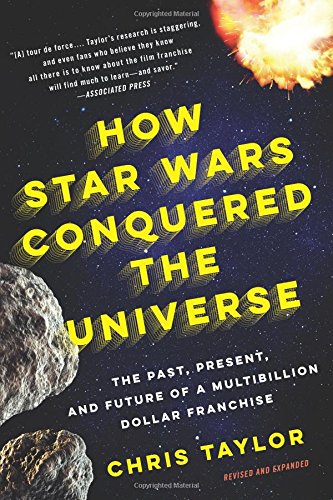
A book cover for How Star Wars Conquered the Universe: The Past, Present, and Future of a Multibillion Dollar Franchise; Chris Taylor; Humor & Entertainment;